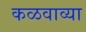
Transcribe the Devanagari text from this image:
कळवाव्या